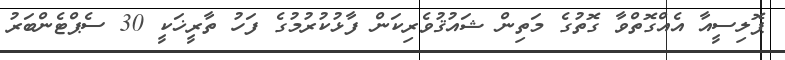
ޕޮލިސީއާ އެއްގޮތްވާ ގޮތުގެ މަތިން ޝައުޤުވެރިކަން ފާޅުކުރުމުގެ ފަހު ތާރީޚަކީ 30 ސެޕްޓެންބަރު